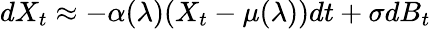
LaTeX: dX_{t}\approx-\alpha(\lambda)(X_{t}-\mu(\lambda))dt+\sigma dB_{t}